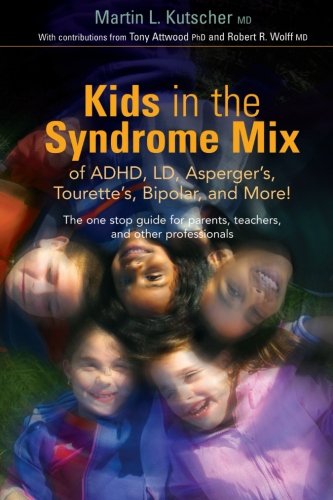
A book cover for Kids in the Syndrome Mix of ADHD, LD, Asperger's, Tourette's, Bipolar and More!: The One Stop Guide for Parents, Teachers and Other Professionals; Martin L. Kutscher; Health, Fitness & Dieting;